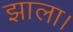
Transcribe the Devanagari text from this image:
झाला।